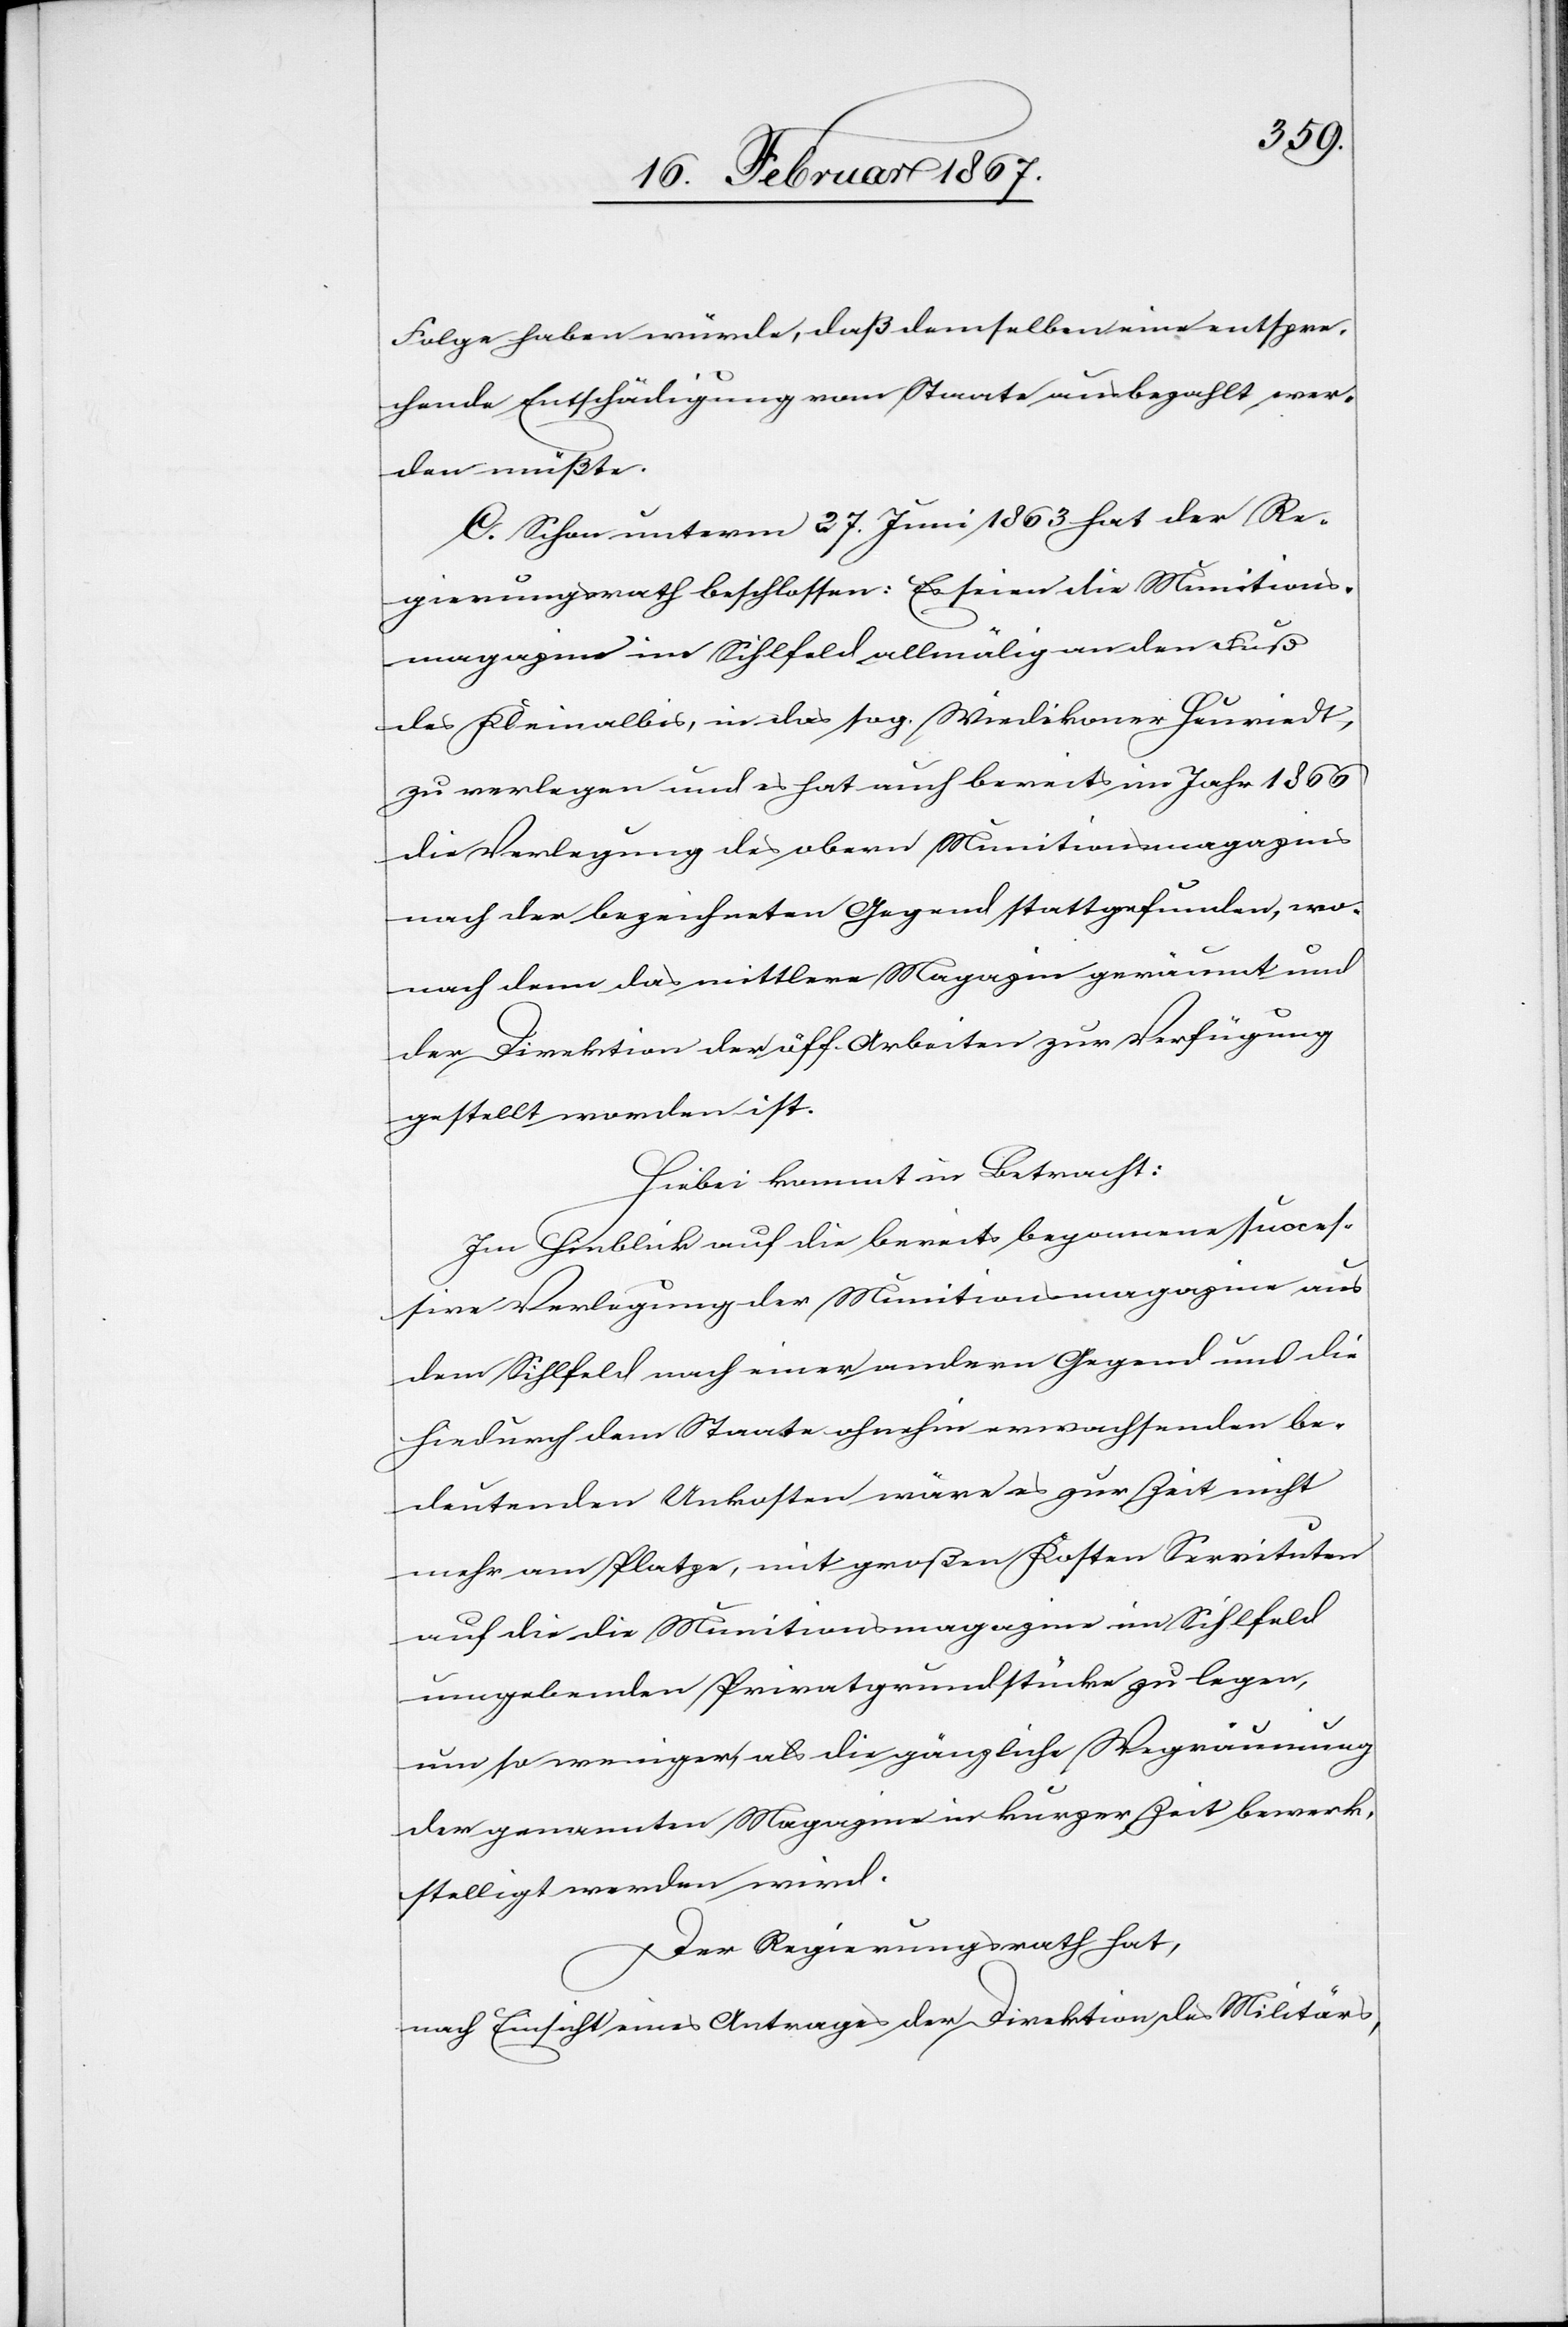
Folge haben würde, daß demselben eine entspre¬
chende Entschädigung vom Staate ausbezahlt wer¬
den müßte.
C. Schon unterm 27. Juni 1863 hat der Re¬
gierungsrath beschlossen: Es seien die Munitions¬
magazine im Sihlfeld allmälig an den Fuß
des Kleinalbis, in das sog. Wiedikoner Heuriedt,
zu verlegen und es hat auch bereits im Jahr 1866
die Verlegung des obern Munitionsmagazins
nach der bezeichneten Gegend stattgefunden, wo¬
nach denn das mittlere Magazin geräumt und
der Direktion der öff. Arbeiten zur Verfügung
gestellt worden ist.
Hiebei kommt in Betracht:
Im Hinblick auf die bereits begonnene succes¬
sive Verlegung der Munitionsmagazine aus
dem Sihlfeld nach einer andern Gegend und die
hiedurch dem Staate ohnehin erwachsenden be¬
deutenden Unkosten wäre es zur Zeit nicht
mehr am Platze, mit großen Kosten Servituten
auf die die Munitionsmagazine im Sihlfeld
umgebenden Privatgrundstücke zu legen,
um so weniger, als die gänzliche Wegräumung
der genannten Magazine in kurzer Zeit bewerk¬
stelligt werden wird.
Der Regierungsrath hat,
nach Einsicht eines Antrages der Direktion des Militärs,